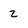
Character: Z